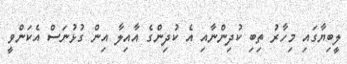
ލީބިޔާގައި މިހާރު ތިބި ކުދިންނާއި އެ ކުދިންގެ އާއިލާ އިން ގުޅުނަސް އެކަންވީ